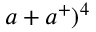
a + a ^ { + } ) ^ { 4 }